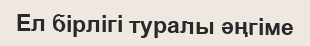
Ел бірлігі туралы әңгіме